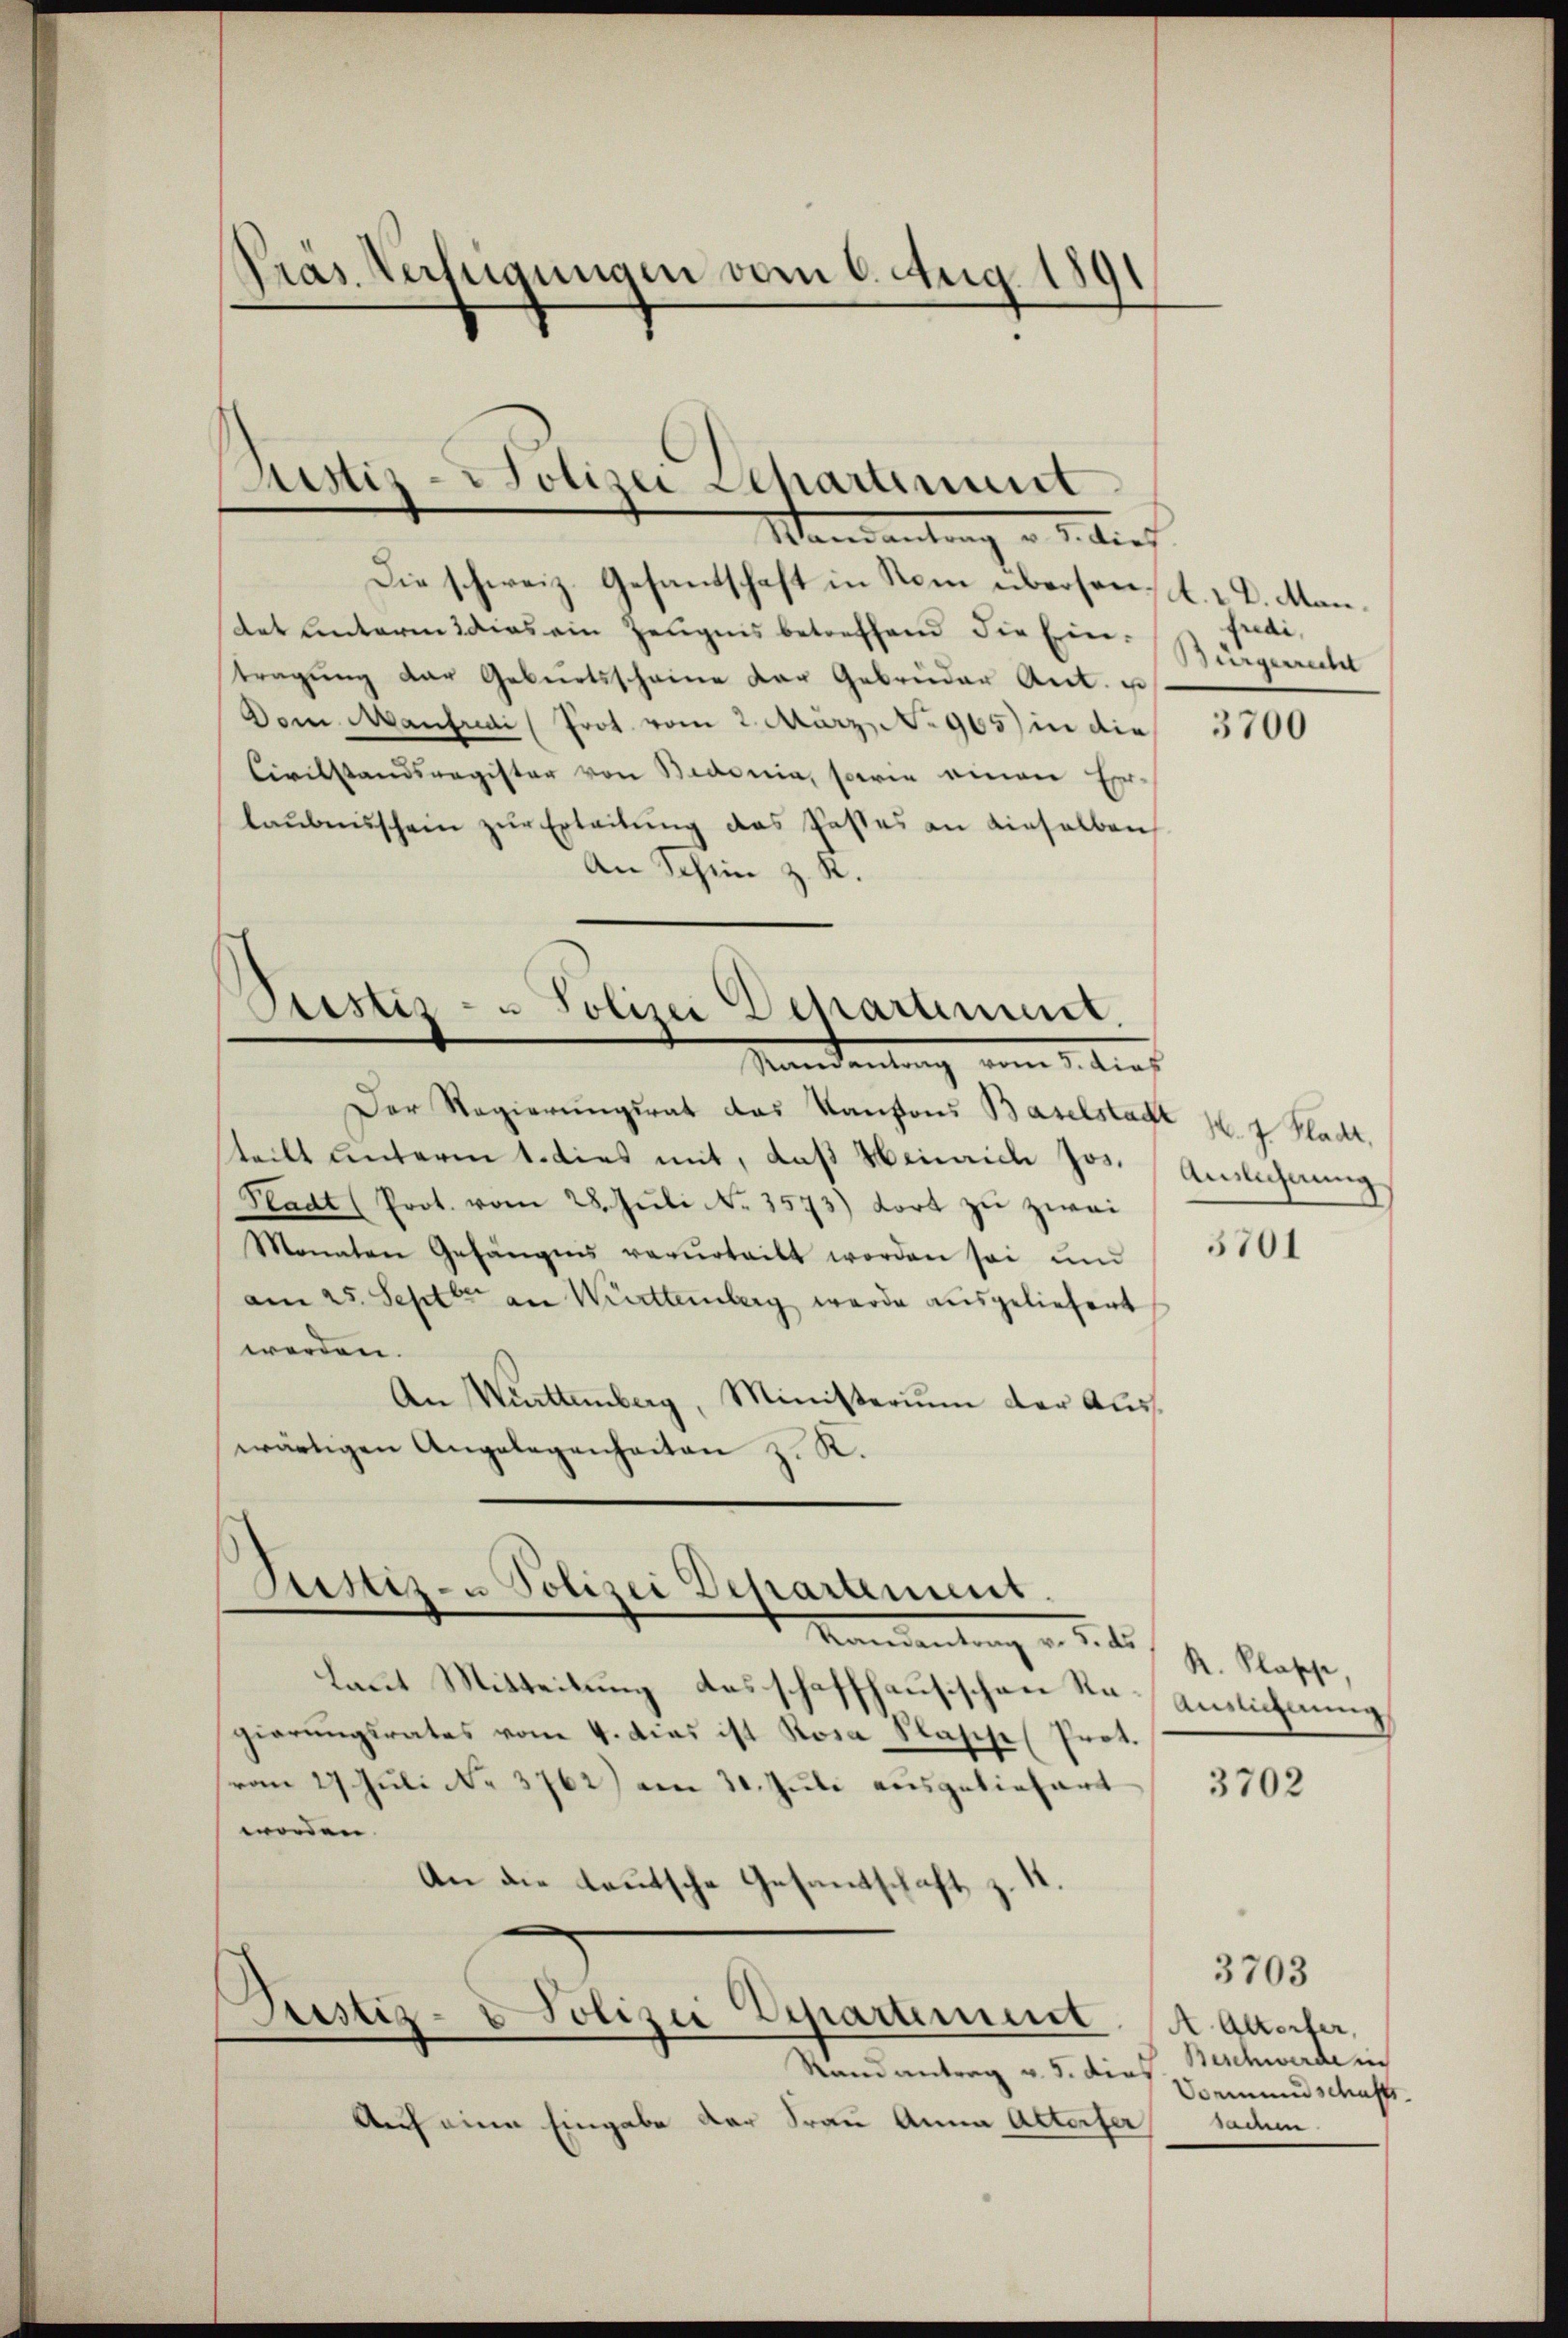
Präs. Verfügungen vom 6. Aug. 1891

Rustiz-Polizei Departement
Mandantung v. J. die

Sistiz- u Polizei Departement.
Mandantung vom 1. dies

Der Regierŭngsrat das Kantons Baselstadt p. 1 Kladt,
teilt unterm 1. dies mit, daß Heinrich Jos. Auslechnung
Pladt (Prot. vom 28. Jŭli N. 3573) fort zu zwei
Monaten Gefängens verurteilt worden sei ŭnd
am 25. Septbr. an Württemberg wurde ausgeliefert
werden.
An Württemberg, Ministerium der Auswärtigen Angelegenheiten z. K.

Justiz- u Polizei Departement.
Namentung d. d. 1

¬
Justiz- & Polizei Departement

Die schweiz. Gesandschaft in Rom überson, l. 2 D. Man¬
Art untere dies ein Zeugnis betreffend die Eintragŭng der Geburtsscheine der Gebrüder Ant. u.
Dom Manfredi, Prot. vom 2. März, No 965) in die
Civilstandsregister von Bedonia, sowie einen Erlaŭbensschein zur Erleitung des Pastes an dieselben
An Schin z. R.

Laut Mitteilung des schaffhausischen Sr Auslichnung
gierŭngsrates vom 4. dies ist Rosa Klasse (Prot.
(vom 27 Juli No 3762) am 31. Juli ausgeliefert
worden.
An die lautsche Gesandschaft z. B.

Randantrag v. 5. dies
Auf eine Eingabe der Frau Anna Altorfer

uai,
Bürgerrecht

3700

3701

R. Klasse,

3702

3703
A. Alterter,
Beschwerde in
Vormundschafts-
saden